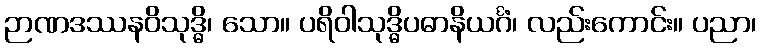
ဉာဏဒဿနဝိသုဒ္ဓိ၊ သော။ ပရိဝါသုဒ္ဓိပဓာနိယင်္ဂံ၊ လည်းကောင်း။ ပညာ၊